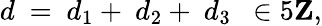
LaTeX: d\ =\ d_{1}+\ d_{2}+\ d_{3}\ \ \in 5{\mathbf Z},